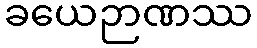
ခယေဉာဏဿ